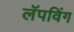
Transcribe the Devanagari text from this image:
लॅपविंग